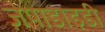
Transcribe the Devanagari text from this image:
ज़ेपाडाइडी